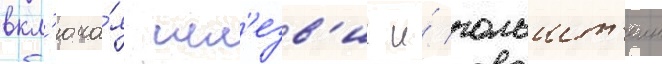
вкл'юча́я шл'езв'иг и́ гольшт'еин